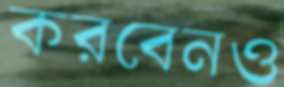
করবেনও